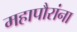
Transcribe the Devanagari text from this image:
महापौरांना